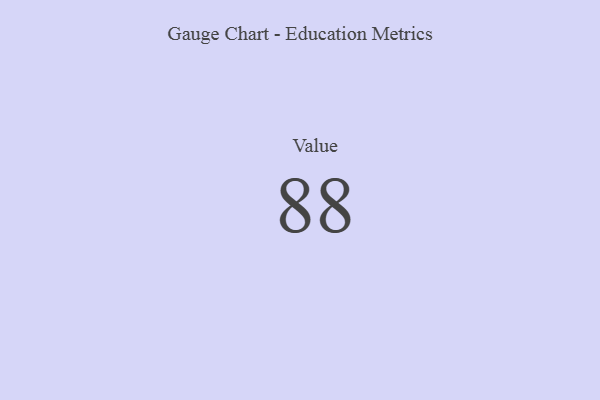
{"axis": {"x": "Metric", "y": "Value"}, "legend": [""], "data": [{"x": "Value", "y": 88, "type": ""}]}